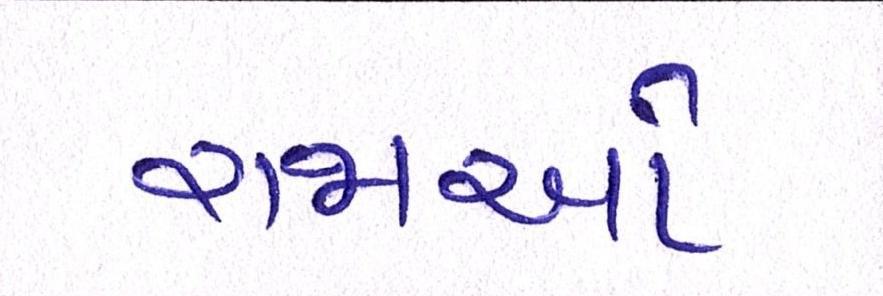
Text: રાજાનો